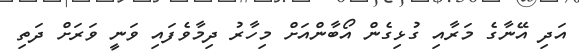
އަދި އޭނާގެ މަރާއި ގުޅިގެން އޯބާންއަށް މިހާރު ދިމާވެފައި ވަނީ ވަރަށް ދަތި